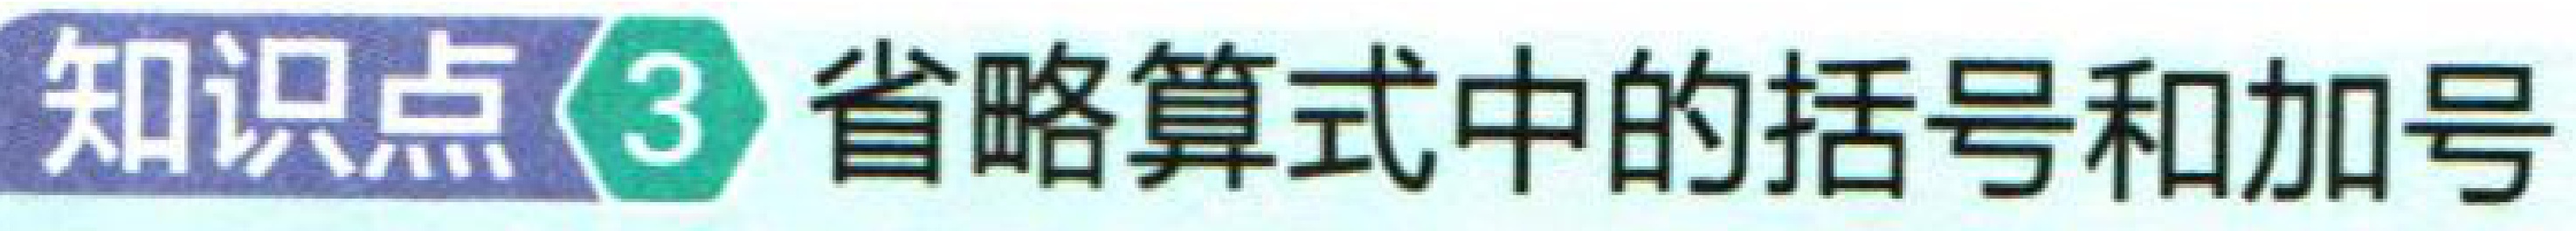
知识点\(3\) 省略算式中的括号和加号